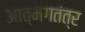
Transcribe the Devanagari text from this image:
आत्मगतंत्र